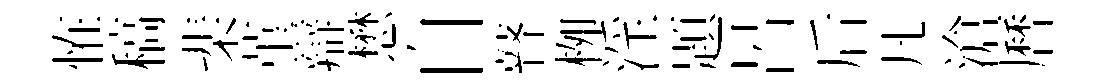
恠稿棐堇辯懋自瞽栁淫題呂后凡滄曆